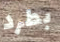
بطرد